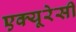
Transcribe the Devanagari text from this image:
एक्‍यूरेसी